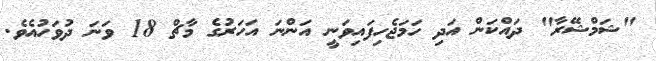
"ޝަމްޝޭރާ" ދައްކަން އަދި ހަމަޖެހިފައިވަނީ އަންނަ އަހަރުގެ މާޗް 18 ވަނަ ދުވަހުއެވެ.